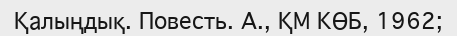
Қалыңдық. Повесть. А., ҚМ КӨБ, 1962;